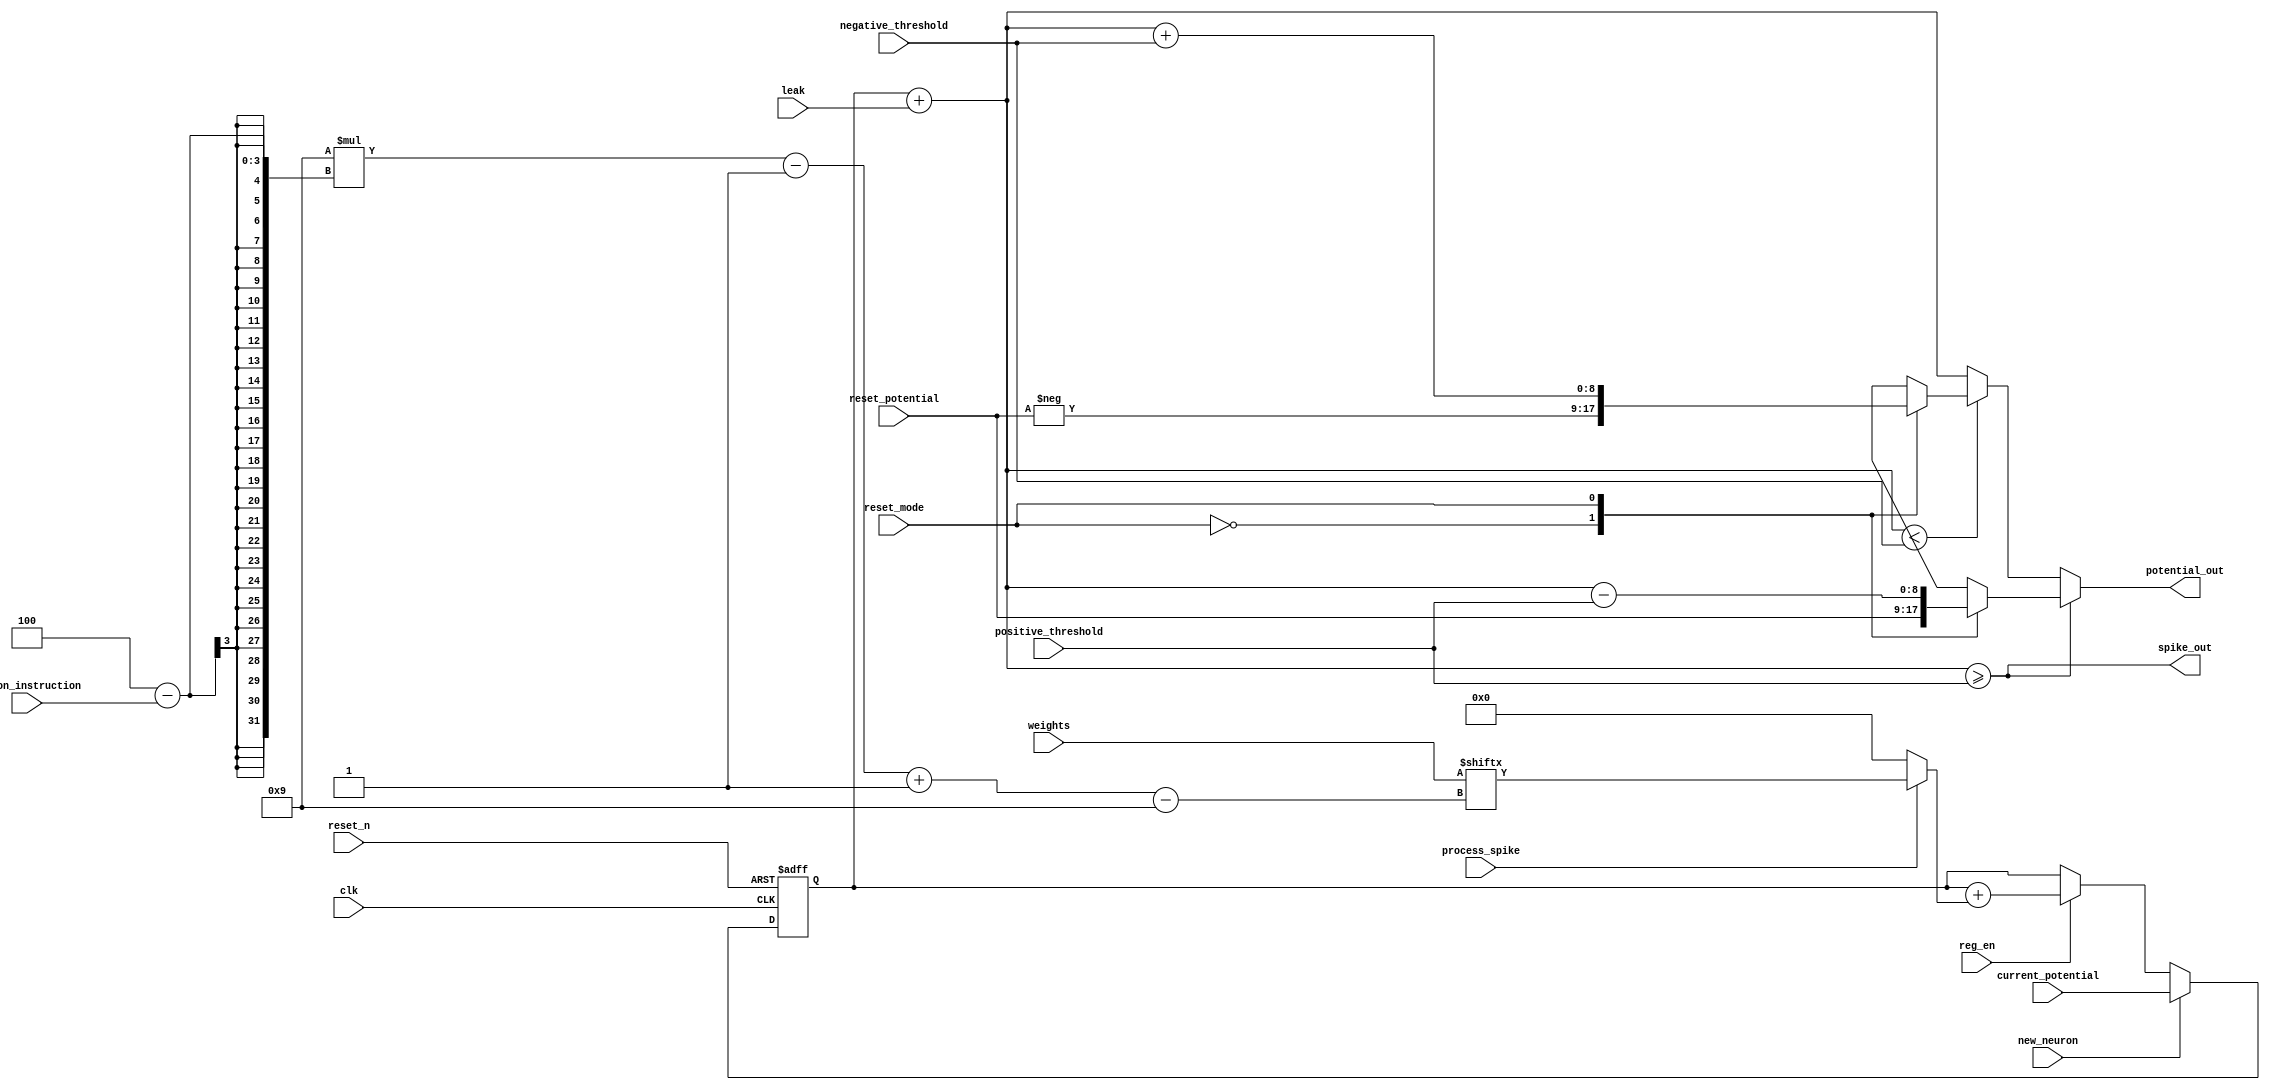
// `timescale 1ns / 1ps
module neuron_block(
    input clk,
    input reset_n,
    input signed [8:0] leak,
    input [35:0] weights,
    input signed [8:0] positive_threshold,
    input signed [8:0] negative_threshold,
    input signed [8:0] reset_potential,
    input signed [8:0] current_potential,
    input [1:0] neuron_instruction,
    input reset_mode,
    input new_neuron,
    input process_spike,
    input reg_en,
    output signed [8:0] potential_out,
    output spike_out
);

wire signed [8:0] weight;
reg signed [8:0] integrated_potential;
wire signed [8:0] leaked_potential;

assign weight = process_spike ? weights[9*(4-neuron_instruction)-1 -: 9] : 9'd0;
// always @(process_spike, weights, neuron_instruction) begin
//     if(process_spike) begin
//         case(neuron_instruction)
//         2'b00: weight = weights[35:27];
//         2'b01: weight = weights[26:18];
//         2'b10: weight = weights[17:9];
//         2'b11: weight = weights[8:0];
//         default: weight = 0;
//         endcase
//     end
//     else weight = 0;
// end

always @(posedge clk, negedge reset_n) begin
    if(~reset_n) integrated_potential <= 0;
    else begin
        if(new_neuron) integrated_potential <= current_potential;
        else if(reg_en) integrated_potential <= integrated_potential + weight;
    end
end
//gn gi tr mc reset m v dng da vo reset_mode
reg signed [8:0] positive_reset_value;
reg signed [8:0] negative_reset_value;
always@(reset_mode, reset_potential, leaked_potential, positive_threshold, negative_threshold) begin
    case(reset_mode)
        // Hard reset
        0: begin
            positive_reset_value = reset_potential;
            negative_reset_value = -reset_potential;
        end
        // Linear reset
        1: begin
            positive_reset_value = leaked_potential - positive_threshold;
            negative_reset_value = leaked_potential + negative_threshold;
        end
        default: begin
            positive_reset_value = 0;
            negative_reset_value = 0;
        end
    endcase
end

//m t li mch trong kin trc
assign leaked_potential = integrated_potential + leak;
assign spike_out = (leaked_potential >= positive_threshold);
assign potential_out = spike_out ? positive_reset_value : (leaked_potential < negative_threshold) ? negative_reset_value : leaked_potential;

endmodule